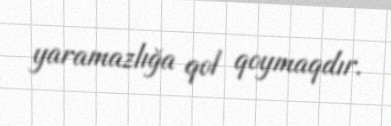
yaramazlığa qol qoymaqdır.